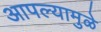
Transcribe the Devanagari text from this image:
आपल्यामुळे